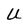
Character: U